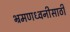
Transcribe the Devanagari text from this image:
भ्रमणध्वनीसाठी